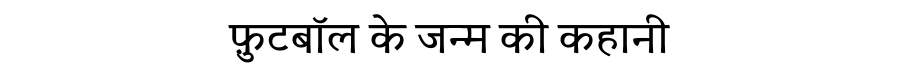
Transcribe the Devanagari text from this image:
फ़ुटबॉल के जन्म की कहानी